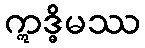
ဣဒ္ဓိမဿ